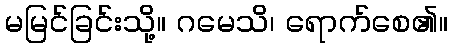
မမြင်ခြင်းသို့။ ဂမေသိ၊ ရောက်စေ၏။